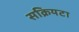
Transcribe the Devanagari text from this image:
सक्रियटा